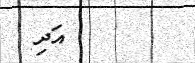
އަދި